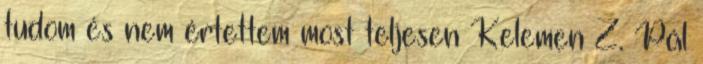
tudom és nem értettem most teljesen Kelemen Z. Pál